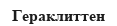
Гераклиттен